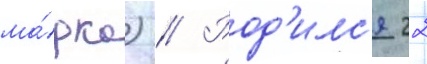
ма́рка) // Род'илс'я 22